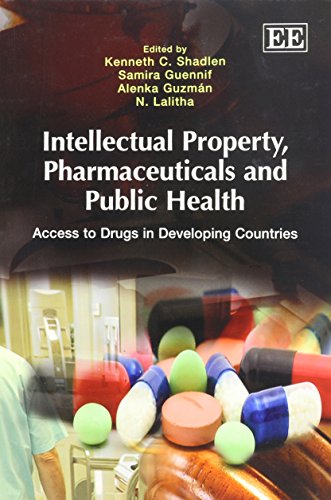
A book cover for Intellectual Property, Pharmaceuticals and Public Health: Access to Drugs in Developing Countries; Kenneth C. Shadlen; Business & Money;